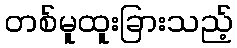
တစ်မူထူးခြားသည့်